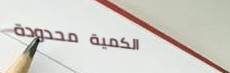
الكمية محدودة